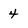
Character: 4